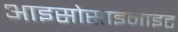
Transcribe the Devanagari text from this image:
आइसोसाइनाइट